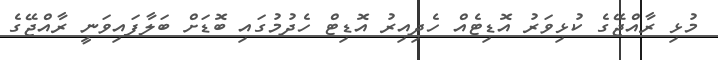
މުޅި ރާއްޖޭގެ ކުޅިވަރު އޮޑިޓެއް ހެދިއިރު އޮޑިޓް ހެދުމުގައި ބޮޑަށް ބަލާފައިވަނީ ރާއްޖޭގެ